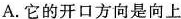
A.它的开口方向是向上